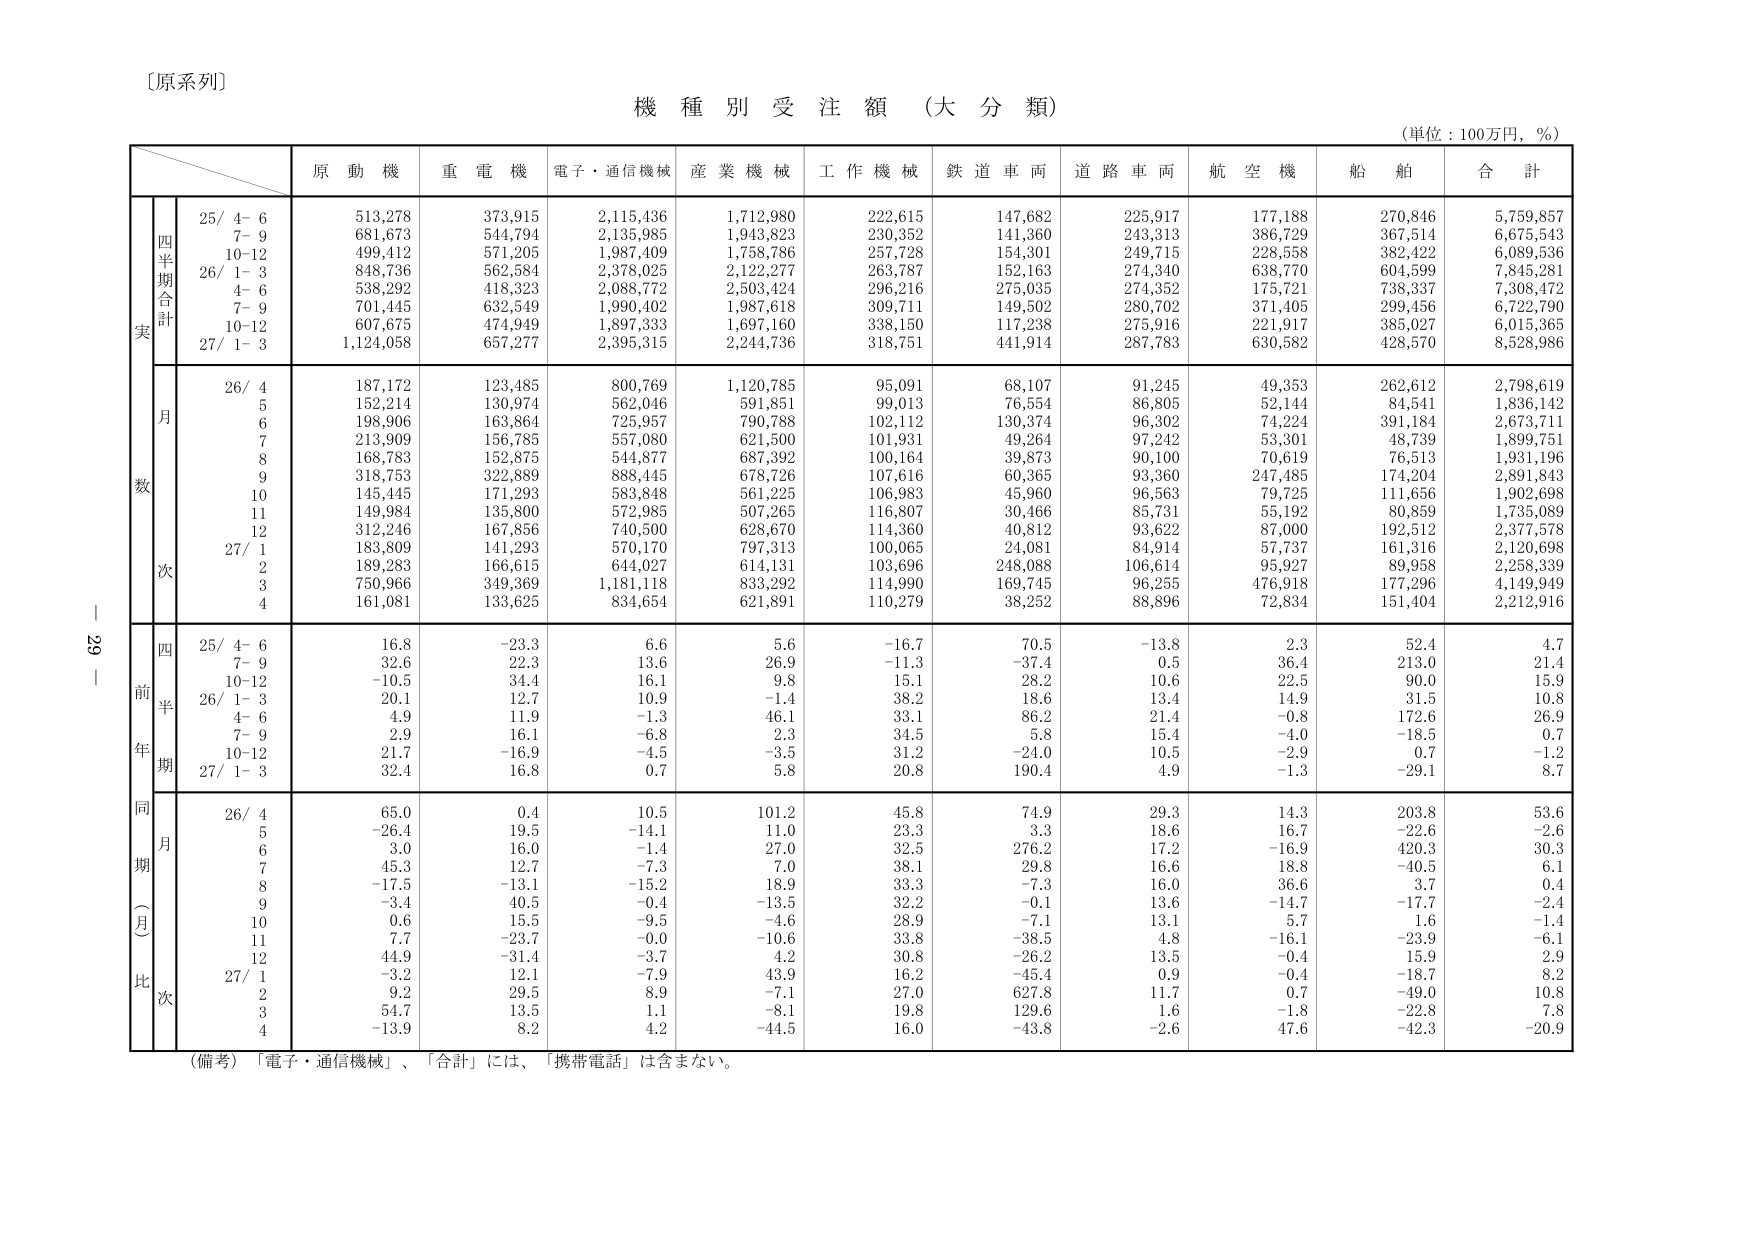
〔原系列〕

機 種 別 受 注 額 （大 分 類）

（単位：100万円，％）

　　　　　　　　　原 動 機　　重 電 機　　電子・通信機械　　産 業 機 械　　工 作 機 械　　鉄 道 車 両　　道 路 車 両　　航 空 機　　船 舶　　合 計

　　　　　　　　　　25/ 4- 6　　　513,278　　　373,915　　　2,115,436　　　1,712,980　　　222,615　　　147,682　　　225,917　　　177,188　　　270,846　　　5,759,857
　　　　　　　　　　7- 9　　　　　681,673　　　544,794　　　2,135,985　　　1,943,823　　　230,352　　　141,360　　　243,313　　　386,729　　　367,514　　　6,675,543
　　　　　　　　　　10-12　　　　499,412　　　571,205　　　1,987,409　　　1,758,786　　　257,728　　　154,301　　　249,715　　　228,558　　　382,422　　　6,089,536
　　　　　　　　　　26/ 1- 3　　　848,736　　　562,584　　　2,378,025　　　2,122,277　　　263,787　　　152,163　　　274,340　　　638,770　　　604,599　　　7,845,281
　　　　　　　　　　4- 6　　　　　538,292　　　418,323　　　2,088,772　　　2,503,424　　　296,216　　　275,035　　　274,352　　　175,721　　　738,337　　　7,308,472
　　　　　　　　　　7- 9　　　　　701,445　　　632,549　　　1,990,402　　　1,987,618　　　309,711　　　149,502　　　280,702　　　371,405　　　299,456　　　6,722,790
　　　　　　　　　　10-12　　　　607,675　　　474,949　　　1,897,333　　　1,697,160　　　338,150　　　117,238　　　275,916　　　221,917　　　385,027　　　6,015,365
　　　　　　　　　　27/ 1- 3　　　1,124,058　　　657,277　　　2,395,315　　　2,244,736　　　318,751　　　441,914　　　287,763　　　630,582　　　428,570　　　8,528,986

　　　　　　　　　　26/ 4　　　　　187,172　　　123,485　　　800,769　　　1,120,785　　　95,091　　　68,107　　　91,245　　　49,353　　　262,612　　　2,798,619
　　　　　　　　　　5　　　　　　　152,214　　　130,974　　　562,046　　　591,851　　　99,013　　　76,554　　　86,805　　　52,144　　　84,541　　　1,836,142
　　　　　　　　　　6　　　　　　　198,906　　　163,864　　　725,957　　　790,788　　　102,112　　　130,374　　　96,302　　　74,224　　　391,184　　　2,673,711
　　　　　　　　　　7　　　　　　　213,909　　　156,785　　　557,080　　　621,500　　　101,931　　　49,264　　　97,242　　　53,301　　　48,739　　　1,899,751
　　　　　　　　　　8　　　　　　　168,783　　　152,875　　　544,877　　　687,392　　　100,164　　　39,873　　　90,100　　　70,619　　　76,513　　　1,931,196
　　　　　　　　　　9　　　　　　　318,753　　　322,889　　　888,445　　　678,726　　　107,616　　　60,365　　　93,360　　　247,485　　　174,204　　　2,891,843
　　　　　　　　　　10　　　　　　145,445　　　171,293　　　583,848　　　561,225　　　106,983　　　45,960　　　96,563　　　79,725　　　111,656　　　1,902,698
　　　　　　　　　　11　　　　　　149,984　　　135,800　　　572,985　　　507,265　　　116,807　　　30,466　　　85,731　　　55,192　　　80,859　　　1,735,089
　　　　　　　　　　12　　　　　　312,246　　　167,856　　　740,500　　　628,670　　　114,360　　　40,812　　　93,622　　　87,000　　　192,512　　　2,377,578
　　　　　　　　　　27/ 1　　　　　183,809　　　141,293　　　570,170　　　797,313　　　100,065　　　24,081　　　84,914　　　57,737　　　161,316　　　2,120,698
　　　　　　　　　　2　　　　　　　189,283　　　166,615　　　644,027　　　614,131　　　103,696　　　248,088　　　106,614　　　95,927　　　89,958　　　2,258,339
　　　　　　　　　　3　　　　　　　750,966　　　349,369　　　1,181,118　　　833,292　　　114,990　　　169,745　　　96,255　　　476,918　　　177,296　　　4,149,949
　　　　　　　　　　4　　　　　　　161,081　　　133,625　　　834,654　　　621,891　　　110,279　　　38,252　　　88,896　　　72,834　　　151,404　　　2,212,916

　　　　　　　　　　25/ 4- 6　　　　16.8　　　　-23.3　　　　6.6　　　　　5.6　　　　　-16.7　　　　70.5　　　　-13.8　　　　2.3　　　　　52.4　　　　4.7
　　　　　　　　　　7- 9　　　　　　32.6　　　　22.3　　　　13.6　　　　26.9　　　　　-11.3　　　　-37.4　　　　0.5　　　　　36.4　　　　213.0　　　21.4
　　　　　　　　　　10-12　　　　　-10.5　　　　34.4　　　　16.1　　　　9.8　　　　　　15.1　　　　28.2　　　　10.6　　　　22.5　　　　90.0　　　　15.9
　　　　　　　　　　26/ 1- 3　　　　20.1　　　　12.7　　　　10.9　　　　-1.4　　　　　38.2　　　　18.6　　　　13.4　　　　14.9　　　　31.5　　　　10.8
　　　　　　　　　　4- 6　　　　　　4.9　　　　　11.9　　　　-1.3　　　　46.1　　　　　33.1　　　　86.2　　　　21.4　　　　-0.8　　　　172.6　　　26.9
　　　　　　　　　　7- 9　　　　　　2.9　　　　　16.1　　　　-6.8　　　　2.3　　　　　　34.5　　　　5.8　　　　　15.4　　　　-4.0　　　　-18.5　　　0.7
　　　　　　　　　　10-12　　　　　21.7　　　　-16.9　　　　-4.5　　　　-3.5　　　　　31.2　　　　-24.0　　　　10.5　　　　-2.9　　　　0.7　　　　-1.2
　　　　　　　　　　27/ 1- 3　　　　32.4　　　　16.8　　　　0.7　　　　　5.8　　　　　20.8　　　　190.4　　　　4.9　　　　　-1.3　　　　-29.1　　　8.7

　　　　　　　　　　26/ 4　　　　　65.0　　　　0.4　　　　　10.5　　　　101.2　　　　45.8　　　　74.9　　　　29.3　　　　14.3　　　　203.8　　　53.6
　　　　　　　　　　5　　　　　　　-26.4　　　　19.5　　　　-14.1　　　　11.0　　　　　23.3　　　　3.3　　　　　18.6　　　　16.7　　　　-22.6　　　-2.6
　　　　　　　　　　6　　　　　　　3.0　　　　　16.0　　　　-1.4　　　　27.0　　　　　32.5　　　　276.2　　　　17.2　　　　-16.9　　　420.3　　　30.3
　　　　　　　　　　7　　　　　　　45.3　　　　12.7　　　　-7.3　　　　7.0　　　　　　38.1　　　　29.8　　　　16.6　　　　18.8　　　　-40.5　　　6.1
　　　　　　　　　　8　　　　　　　-17.5　　　　-13.1　　　　-15.2　　　　18.9　　　　　33.3　　　　-7.3　　　　16.0　　　　36.6　　　　3.7　　　　0.4
　　　　　　　　　　9　　　　　　　-3.4　　　　40.5　　　　-0.4　　　　-13.5　　　　32.2　　　　-0.1　　　　13.6　　　　-14.7　　　-17.7　　　-2.4
　　　　　　　　　　10　　　　　　0.6　　　　　15.5　　　　-9.5　　　　-4.6　　　　　28.9　　　　-7.1　　　　13.1　　　　5.7　　　　　1.6　　　　-1.4
　　　　　　　　　　11　　　　　　7.7　　　　　-23.7　　　　-0.0　　　　-10.6　　　　33.8　　　　-38.5　　　　4.8　　　　　-16.1　　　-23.9　　　-6.1
　　　　　　　　　　12　　　　　　44.9　　　　-31.4　　　　-3.7　　　　4.2　　　　　30.8　　　　-26.2　　　　13.5　　　　-0.4　　　　15.9　　　　2.9
　　　　　　　　　　27/ 1　　　　　-3.2　　　　12.1　　　　-7.9　　　　43.9　　　　　16.2　　　　-45.4　　　　0.9　　　　　-0.4　　　　-18.7　　　8.2
　　　　　　　　　　2　　　　　　　9.2　　　　　29.5　　　　8.9　　　　　-7.1　　　　　27.0　　　　627.8　　　　11.7　　　　0.7　　　　-49.0　　　10.8
　　　　　　　　　　3　　　　　　　54.7　　　　13.5　　　　1.1　　　　　-8.1　　　　　19.8　　　　129.6　　　　1.6　　　　　-1.8　　　　-22.8　　　7.8
　　　　　　　　　　4　　　　　　　-13.9　　　　8.2　　　　4.2　　　　　-44.5　　　　16.0　　　　-43.8　　　　-2.6　　　　47.6　　　　-42.3　　　-20.9

（備考）「電子・通信機械」、「合計」には、「携帯電話」は含まない。

29｜